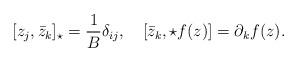
LaTeX: \begin{align*}[z_j, \bar{z}_k]_\star = \frac{1}{B} \delta_{i j}, \quad[\bar{z}_k,\star f(z)] = \partial_k f(z).\end{align*}